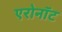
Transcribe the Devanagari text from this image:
एरोनॉट